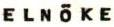
ELNÖKE